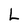
Character: L